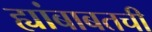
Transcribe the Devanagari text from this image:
ह्यांबाबतची